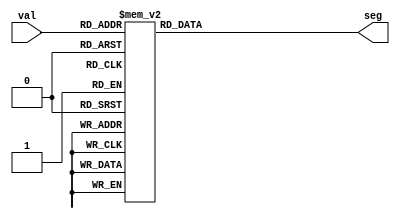
module seg7dec 
(
	input [3:0] val,
	output reg [6:0] seg // from MSB {A, B, C, D, E, F, G}
);

always @(*)
begin
	case (val[3:0])
		4'h0: seg[6:0] = 7'b111_1110;
		4'h1: seg[6:0] = 7'b011_0000;
		4'h2: seg[6:0] = 7'b110_1101;
		4'h3: seg[6:0] = 7'b111_1001;
		4'h4: seg[6:0] = 7'b011_0011;
		4'h5: seg[6:0] = 7'b101_1011;
		4'h6: seg[6:0] = 7'b101_1111;
		4'h7: seg[6:0] = 7'b111_0010;
		4'h8: seg[6:0] = 7'b111_1111;
		4'h9: seg[6:0] = 7'b111_1011;
		4'hA: seg[6:0] = 7'b111_0111;
		4'hB: seg[6:0] = 7'b111_1111;
		4'hC: seg[6:0] = 7'b100_1110;
		4'hD: seg[6:0] = 7'b111_1110;
		4'hE: seg[6:0] = 7'b100_1111;
		default: seg[6:0] = 7'b100_0111; // 4'hF
	endcase
end

endmodule